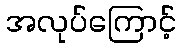
အလုပ်ကြောင့်